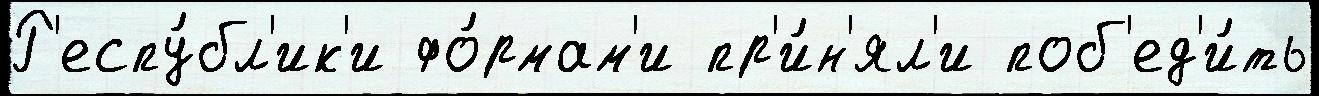
Р'еспу́бл'ик'и фо́рмам'и пр'и́н'ял'и поб'ед'и́ть